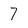
Character: 7